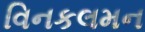
વિનકલમન